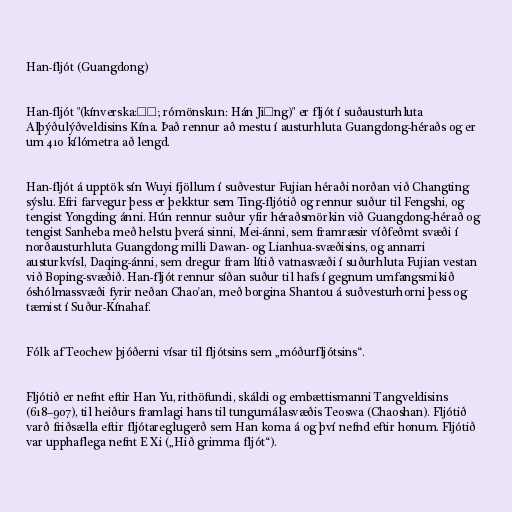
Han-fljót (Guangdong)

Han-fljót "(kínverska:韓江; rómönskun: Hán Jiāng)" er fljót í suðausturhluta
Alþýðulýðveldisins Kína. Það rennur að mestu í austurhluta Guangdong-héraðs og er
um 410 kílómetra að lengd.

Han-fljót á upptök sín Wuyi fjöllum í suðvestur Fujian héraði norðan við Changting
sýslu. Efri farvegur þess er þekktur sem Ting-fljótið og rennur suður til Fengshi, og
tengist Yongding ánni. Hún rennur suður yfir héraðsmörkin við Guangdong-hérað og
tengist Sanheba með helstu þverá sinni, Mei-ánni, sem framræsir víðfeðmt svæði í
norðausturhluta Guangdong milli Dawan- og Lianhua-svæðisins, og annarri
austurkvísl, Daqing-ánni, sem dregur fram lítið vatnasvæði í suðurhluta Fujian vestan
við Boping-svæðið. Han-fljót rennur síðan suður til hafs í gegnum umfangsmikið
óshólmassvæði fyrir neðan Chao'an, með borgina Shantou á suðvesturhorni þess og
tæmist í Suður-Kínahaf.

Fólk af Teochew þjóðerni vísar til fljótsins sem „móðurfljótsins“.

Fljótið er nefnt eftir Han Yu, rithöfundi, skáldi og embættismanni Tangveldisins
(618–907), til heiðurs framlagi hans til tungumálasvæðis Teoswa (Chaoshan). Fljótið
varð friðsælla eftir fljótareglugerð sem Han koma á og því nefnd eftir honum. Fljótið
var upphaflega nefnt E Xi („Hið grimma fljót“).